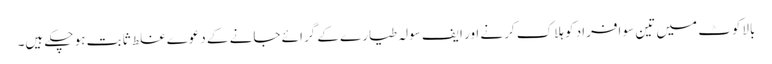
بالاکوٹ میں تین سو افراد کو ہلاک کرنے اور ایف سولہ طیارے کے گرائے جانے کے دعوے غلط ثابت ہو چکے ہیں۔